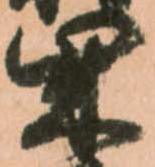
柴